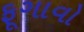
ફૂગાવો